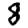
Digit: 8